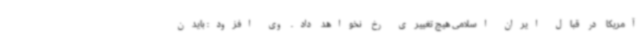
آمریکا در قبال ایران اسلامی هیچ تغییری رخ نخواهد داد. وی افزود: بایدن